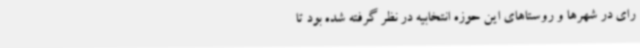
رای در شهرها و روستاهای این حوزه انتخابیه در نظر گرفته شده بود تا